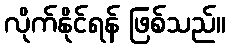
လိုက်နိုင်ရန် ဖြစ်သည်။